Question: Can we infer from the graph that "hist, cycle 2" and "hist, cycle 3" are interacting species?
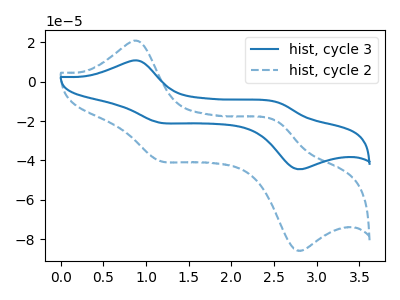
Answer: <think>The blue curve "hist, cycle 3" has anodic peaks at (0.90V, 10.65uA) (2.55V, -10.45uA) and cathodic peaks at (1.15V, -20.80uA) (2.75V, -44.25uA). The blue dashed curve "hist, cycle 2" has anodic peaks at (0.90V, 20.55uA) (2.55V, -20.20uA) and cathodic peaks at (1.15V, -40.15uA) (2.75V, -85.35uA).
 All the peaks in "hist, cycle 2" have a peak in "hist, cycle 3" at the same potential.</think>
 <answer>No, "hist, cycle 2" and "hist, cycle 3" don't appear to be significantly different in shape</answer>
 <eval>no_change</eval>